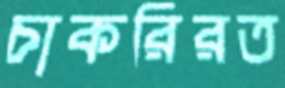
চাকরিরত